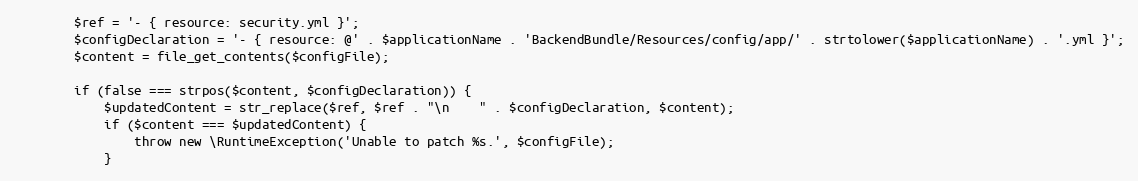
Language: PHP
        $ref = '- { resource: security.yml }';
        $configDeclaration = '- { resource: @' . $applicationName . 'BackendBundle/Resources/config/app/' . strtolower($applicationName) . '.yml }';
        $content = file_get_contents($configFile);

        if (false === strpos($content, $configDeclaration)) {
            $updatedContent = str_replace($ref, $ref . "\n    " . $configDeclaration, $content);
            if ($content === $updatedContent) {
                throw new \RuntimeException('Unable to patch %s.', $configFile);
            }